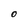
Character: O